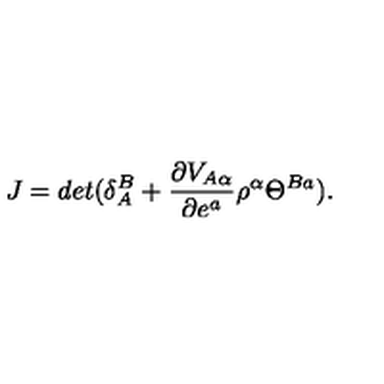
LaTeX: J = d e t ( \delta _ { A } ^ { B } + \frac { \partial V _ { A \alpha } } { \partial e ^ { a } } \rho ^ { \alpha } \Theta ^ { B a } ) .